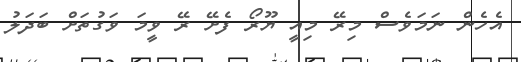
އެހެން ނަމަވެސް މިރޭ މިއީ ޔޫރޯ ފެށޭ ރޭ ވީމަ ވަގުތަށް ބަދަލު